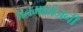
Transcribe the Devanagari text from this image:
प्रतमाभंजनी